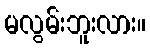
မလွမ်းဘူးလား။